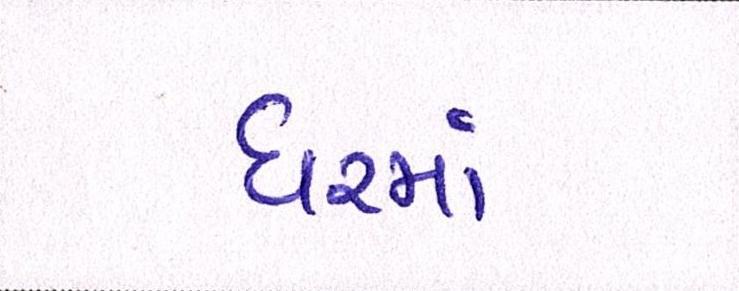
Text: ધરમાં